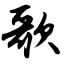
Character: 歌